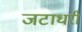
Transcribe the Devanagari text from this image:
जटाधरी